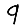
Digit: 9